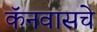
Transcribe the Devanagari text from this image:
कॅनवासचे